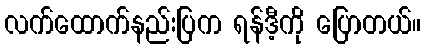
လက်ထောက်နည်းပြက ရန်ဒီ့ကို ပြောတယ်။